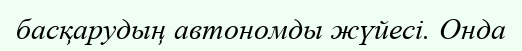
басқарудың автономды жүйесі. Онда